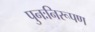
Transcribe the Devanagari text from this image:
पुनःनिरूपण